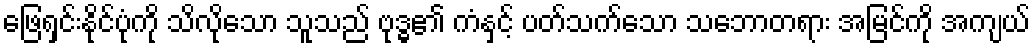
ဖြေရှင်းနိုင်ပုံကို သိလိုသော သူသည် ဗုဒ္ဓ၏ ကံနှင့် ပတ်သက်သော သဘောတရား အမြင်ကို အကျယ်